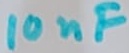
Text: 10nF